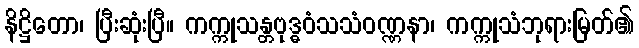
နိဋ္ဌိတော၊ ပြီးဆုံးပြီ။ ကက္ကုသန္တဗုဒ္ဓဝံသသံဝဏ္ဏနာ၊ ကက္ကုသံဘုရားမြတ်၏